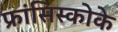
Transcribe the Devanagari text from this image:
फ्रांसिस्कोके